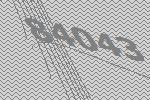
84043